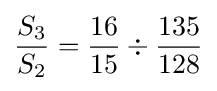
{S_{3} \over S_{2}}={{16 \over 15}\div {135 \over 128}}